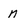
Character: n